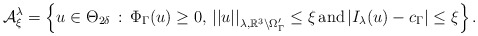
\begin{align*} {\cal A}_\xi^\lambda = \left\{ u \in \Theta_{2\delta} \,:\,\Phi_{\Gamma}(u)\ge 0,\, \left|\left|u\right|\right|_{\lambda,\mathbb{R}^3\setminus \Omega'_{\Gamma}}\leq \xi\, \mbox{and}\, | I_{ \lambda}(u)-c_{\Gamma} | \leq \xi\right\}.\end{align*}